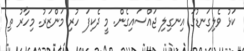
ކަޅު ވެލިގަނޑުގަ އިނގިލި ޖައްސައިގެން. މީ ދެކިފަ ހުރި މަންޒަރު. މިހާރު ތި